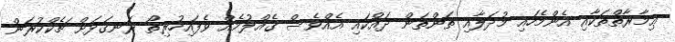
ޢިމާރާތްތަކާއި އެންމެހައި މުދަލާއި ތަންތަން ދައްކައި އެއްވެސް ގެއްލުމެއް ވެފައިހުރިތޯ ރަނގަޅަށް ޗެކްކުރަން